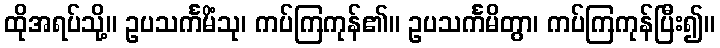
ထိုအရပ်သို့။ ဥပသင်္ကမိံသု၊ ကပ်ကြကုန်၏။ ဥပသင်္ကမိတွာ၊ ကပ်ကြကုန်ပြီး၍။